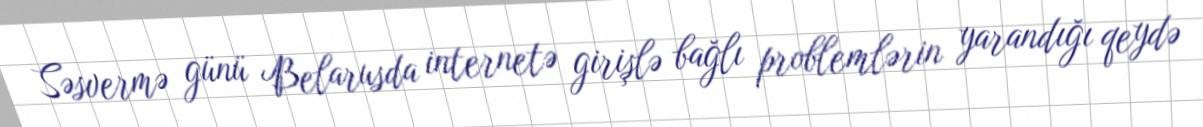
Səsvermə günü Belarusda internetə girişlə bağlı problemlərin yarandığı qeydə